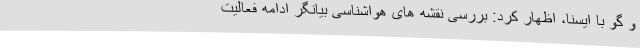
و گو با ایسنا، اظهار کرد: بررسی نقشه های هواشناسی بیانگر ادامه فعالیت